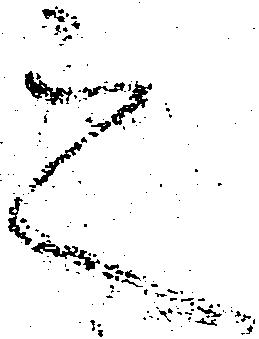
之